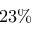
2 3 \%